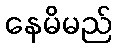
နေမိမည်